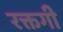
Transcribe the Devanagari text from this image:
रक्तगी